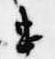
忠